Statistics compiled by the Government of India from the reports of provincial Civil Veterinary Departments
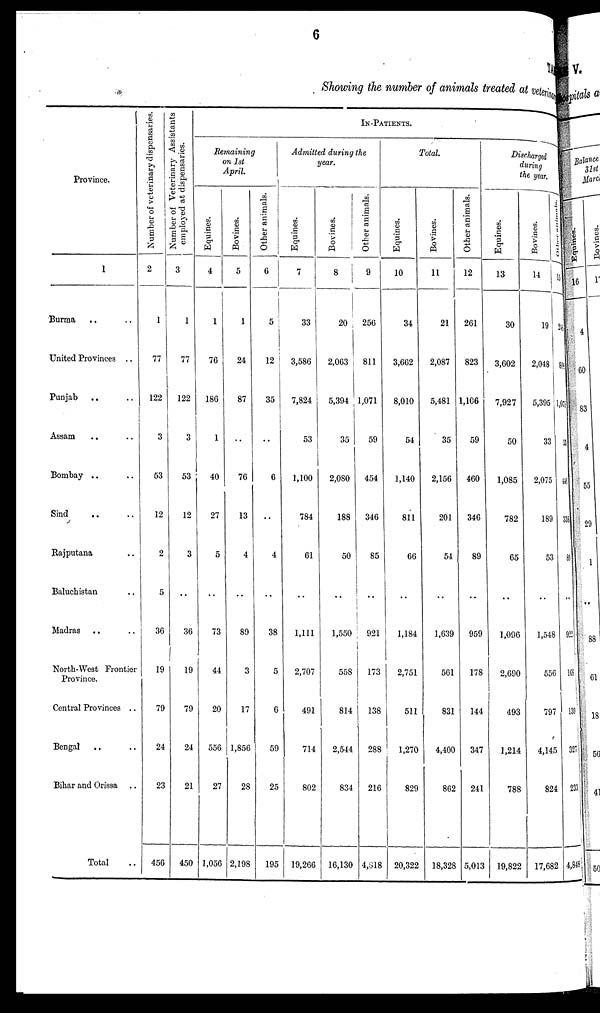
6
Showing the number of animals treated at veterinary
Province.
1
Burma
United Provinces ..
Punjab .. ..
Assam
Bombay
Sind
Rajputana
Baluchistan
Madras
North-West Frontier
Province.
Central Provinces ..
Bengal
Bihar and Orissa
Total
Number of veterinary dispensaries.
2
1
77
122
3
53
12
2
5
36
19
79
24
23
456
Number of Veterinary Assistants
employed at dispensaries.
3
1
77
122
3
53
12
3
..
36
19
79
24
21
450
IN-PATIENTS.
Remaining
on 1st
April.
Equines.
4
1
76
186
1
40
27
5
..
73
44
20
556
27
1,056
Bovines.
5
1
24
87
..
76
13
4
..
89
3
17
1,856
28
2,198
Other animals.
6
5
12
35
..
6
..
4
..
38
5
6
59
25
195
Admitted during the
year.
Equines.
7
33
3,586
7,824
53
1,100
784
61
..
1,111
2,707
491
714
802
19,266
Bovines.
8
20
2,063
5,394
35
2,080
188
50
..
1,550
558
814
2,544
834
16,130
Other animals.
9
256
811
1,071
59
454
346
85
..
921
173
138
288
216
4,818
Total.
Equines.
10
34
3,662
8,010
54
1,140
811
66
..
1,184
2,751
511
1,270
829
20,322
Bovines.
11
21
2,087
5,481
35
2,156
201
54
..
1,639
561
831
4,400
862
18,328
Other animals.
12
261
823
1,106
59
460
346
89
..
959
178
144
347
241
5,013
Discharged
during
the year.
Equines.
13
30
3,602
7,927
50
1,085
782
65
..
1,096
2,690
493
1,214
788
19,822
Bovi ne s .
14
19
2048
5,395
33
2,075
189
53
..
1,548
556
797
4,145
824
17,682
Other animals.
15
245
806
1,079
53
446
333
89
..
922
168
139
327
233
4,848